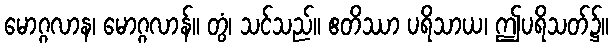
မောဂ္ဂလာန၊ မောဂ္ဂလာန်။ တွံ၊ သင်သည်။ ဧတိဿာ ပရိသာယ၊ ဤပရိသတ်၌။